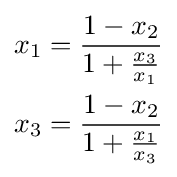
{\textstyle {\begin{aligned}x_{1}&={\frac {1-x_{2}}{1+{\frac {x_{3}}{x_{1}}}}}\\x_{3}&={\frac {1-x_{2}}{1+{\frac {x_{1}}{x_{3}}}}}\end{aligned}}}